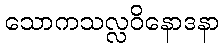
သောကသလ္လဝိနောဒနာ